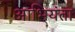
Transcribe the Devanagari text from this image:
आभियंता